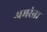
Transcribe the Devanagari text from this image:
अमरंता